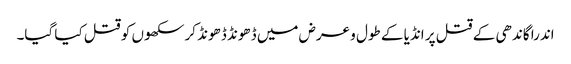
اندرا گاندھی کے قتل پر انڈیا کے طول و عرض میں ڈھونڈ ڈھونڈ کر سکھوں کو قتل کیا گیا۔